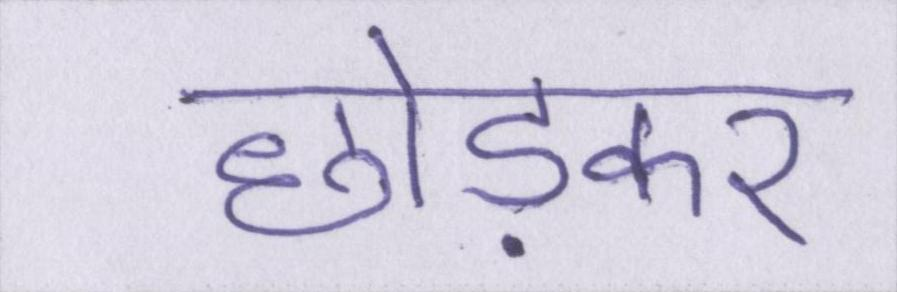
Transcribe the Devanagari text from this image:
छोड़कर